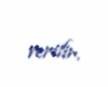
verilir.